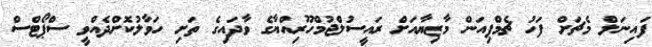
ފައިނަލް މެޗަށް ފަހު ޗެމްޕިއަން މާޒިޔާއަށް ރައީސުލްޖުމްހޫރިއްޔާގެ ވާދައިގެ ތަށި ހަވާލުކޮށްދެއްވީ ސްޕޯޓްސް